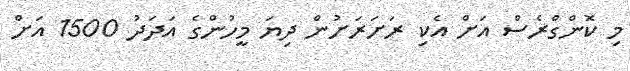
މި ކޮންގްރެސް އަށް އެކި ރަށަރަށުން ދިޔަ މީހުންގެ އަދަދު 1500 އަށް